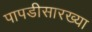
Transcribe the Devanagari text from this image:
पापडीसारख्या